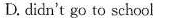
D. didn't go to school